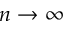
n \to \infty